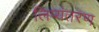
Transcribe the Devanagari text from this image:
लिप्‍यंतरण